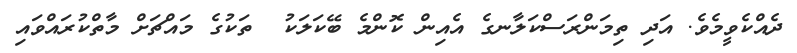
ދެއްކެވީމެވެ. އަދި ތިމަންރަސްކަލާނގެ އެއިން ކޮންމެ ބޭކަލަކު  ތަކުގެ މައްޗަށް މާތްކުރައްވައި